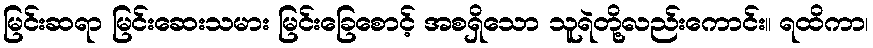
မြင်းဆရာ မြင်းဆေးသမား မြင်းခြေစောင့် အစရှိသော သူရဲတို့လည်းကောင်း။ ရထိကာ၊